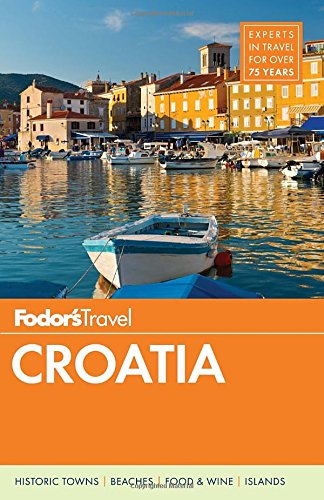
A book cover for Fodor's Croatia: with a Side Trip to Montenegro (Travel Guide); Fodor's; Travel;